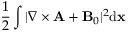
\frac { 1 } { 2 } \int | \nabla \times { \mathbf A } + { \mathbf B } _ { 0 } | ^ { 2 } \mathrm { d } { \mathbf x }